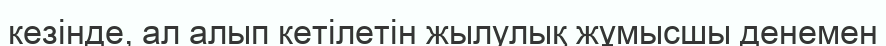
кезінде, ал алып кетілетін жылулық жұмысшы денемен